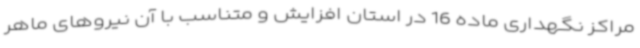
مراکز نگهداری ماده 16 در استان افزایش و متناسب با آن نیروهای ماهر